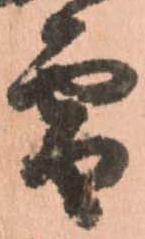
雪